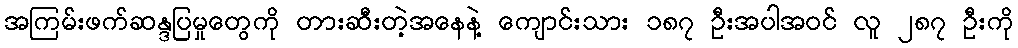
အကြမ်းဖက်ဆန္ဒပြမှုတွေကို တားဆီးတဲ့အနေနဲ့ ကျောင်းသား ၁၈၇ ဦးအပါအဝင် လူ ၂၈၇ ဦးကို